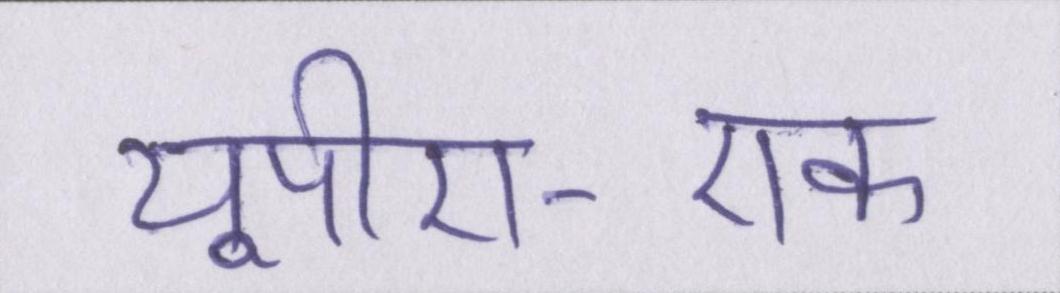
यूपीए-एक